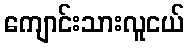
ကျောင်းသားလူငယ်